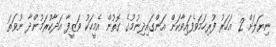
ނިޔަލަށް 2 އަހަރު ފުރިހަމަވެފައިވާކަން އަންގައިދިނުމުގެ ގޮތުން އެމީހަކު ވަޒީފާ އަދާކުރަމުންދާ ނުވަތަ